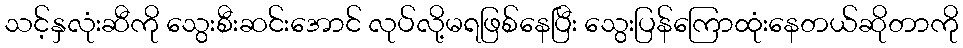
သင့်နှလုံးဆီကို သွေးစီးဆင်းအောင် လုပ်လို့မရဖြစ်နေပြီး သွေးပြန်ကြောထုံးနေတယ်ဆိုတာကို